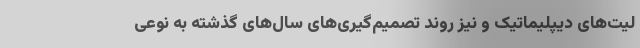
لیت‌های دیپلیماتیک و نیز روند تصمیم‌گیری‌های سال‌های گذشته به نوعی